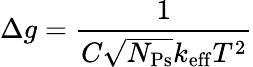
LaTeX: \Delta g=\frac{1}{C\sqrt{N_{\mathrm{Ps}}}k_{\mathrm{eff}}T^{2}}